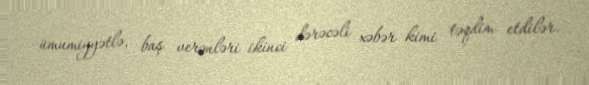
ümumiyyətlə, baş verənləri ikinci dərəcəli xəbər kimi təqdim etdilər.